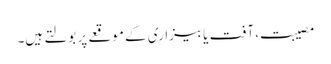
مصیبت، آفت یا بیزاری کے موقعے پر بولتے ہیں۔